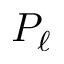
P _ { \ell }